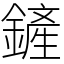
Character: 鏟